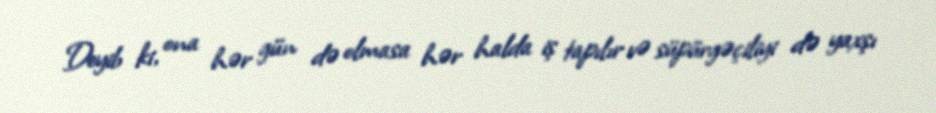
Deyib ki, ona hər gün də olmasa hər halda iş tapılır və süpürgəçiliyi də yaxşı